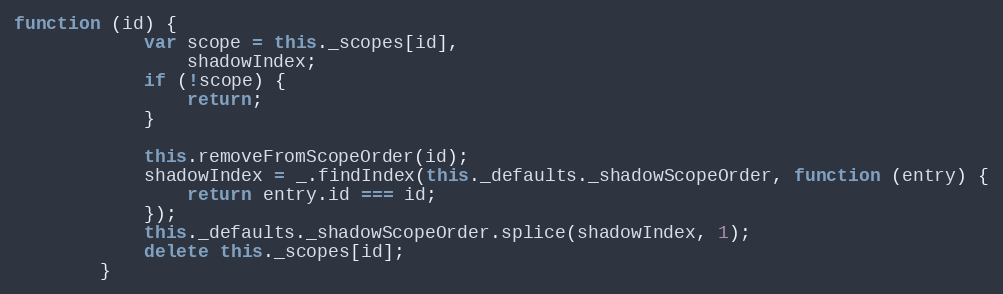
Language: JavaScript
function (id) {
            var scope = this._scopes[id],
                shadowIndex;
            if (!scope) {
                return;
            }

            this.removeFromScopeOrder(id);
            shadowIndex = _.findIndex(this._defaults._shadowScopeOrder, function (entry) {
                return entry.id === id;
            });
            this._defaults._shadowScopeOrder.splice(shadowIndex, 1);
            delete this._scopes[id];
        }